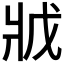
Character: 𭷂